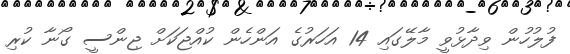
ފުލުހުން ވިދާޅުވީ މާލޭގައި 14 އަހަރުގެ އަންހެން ކުއްޖަކަށް ޖިންސީ ގޯނާ ކުރި